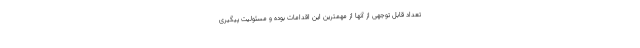
تعداد قابل توجهی از آنها از مهمترین این اقدامات بوده و مسئولیت پیگیری